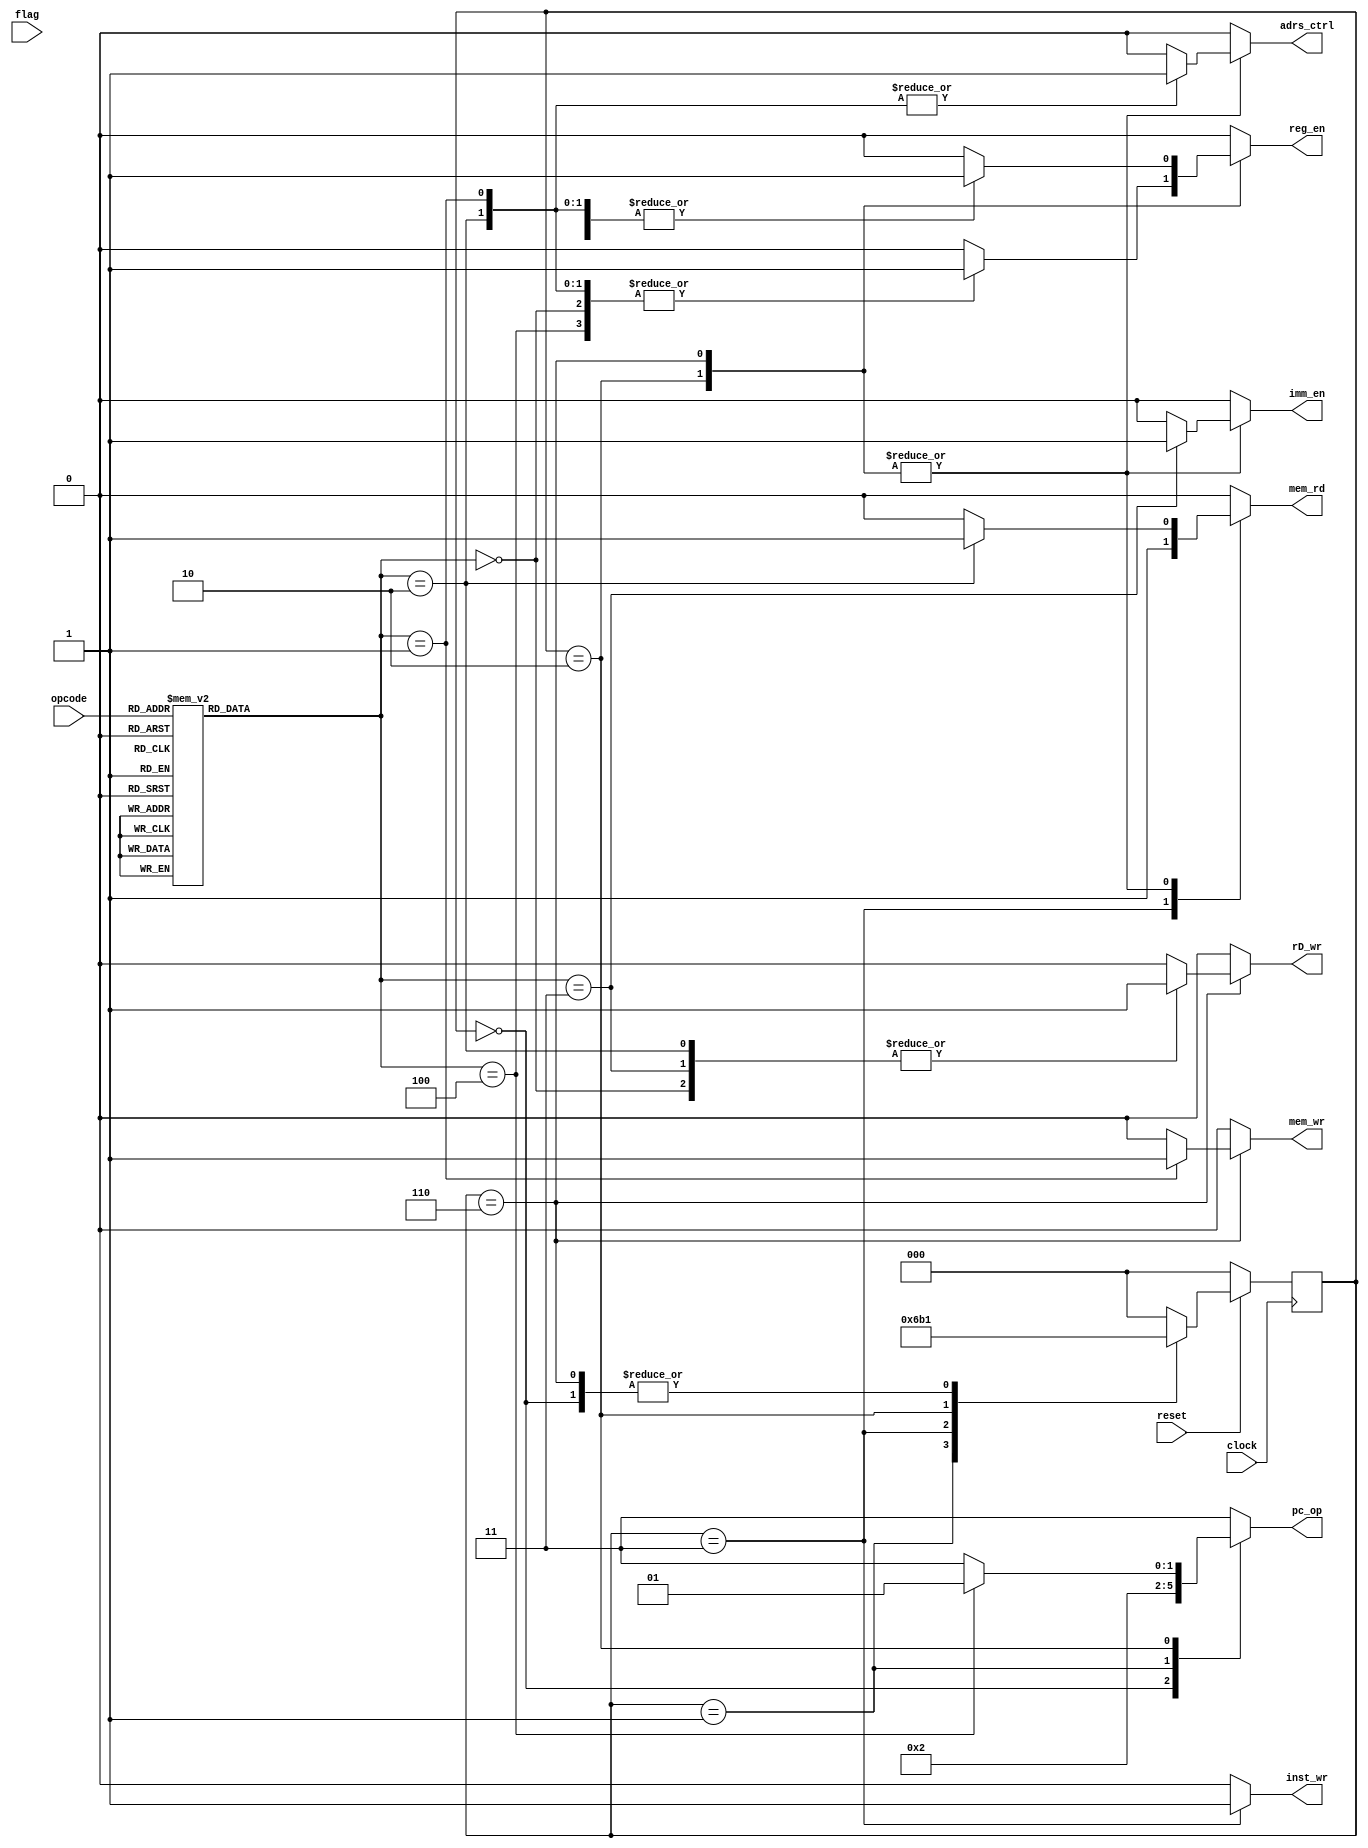
module control_unit(clock, reset, flag, opcode, inst_wr, pc_op, reg_en, rD_wr, imm_en, adrs_ctrl, mem_rd, mem_wr);


input clock; // main clock
input reset; // main reset signal
input flag; // flag singal from the instuction decoder 
input [3:0] opcode; // opcode from instruction decoder

output inst_wr; // is used to write the data from data bus to instruction decoder
output [1:0] pc_op; // is used to genarate the pc. will connected to opcode signal to program counter
output reg_en; // is used to enable the internal register 
output rD_wr; // is used to enable write operation to internal register
output imm_en; // is used to perform load instruction
output adrs_ctrl; // Is used for update the address bus with either PC_out of program counter or internal register rA for instructions read and write
output mem_rd; // s used to enable external memory for reading
output mem_wr; // Is used to enable external memory for writing

// reg
reg inst_wr;
reg [1:0] pc_op;
reg reg_en;
reg rD_wr;
reg imm_en;
reg adrs_ctrl;
reg mem_rd;
reg mem_wr;

// states in gray coding
parameter idle = 3'b000, fetch = 3'b001, decode = 3'b011, execute = 3'b010, write_back = 3'b110;
// opcode type enum
parameter rrr = 3'b000, rrs = 3'b001, rrd = 3'b010, rimm = 3'b011, imm = 3'b100, invalid = 3'b111;
// opcode enum
parameter   add_u =     4'b0000,
            read =      4'b0001,
            write =     4'b0010,
            load =      4'b0011,
            xor_b =     4'b0100,
            jump =      4'b0101,
            or_b =      4'b0110,
            and_b =     4'b0111,
            isEql =     4'b1000, 
            inNotEql =  4'b1001,
            sub_u =     4'b1010,
            lessThen_s = 4'b1100,
            greaterThenEql_s = 4'b1101, 
            lessThen_u = 4'b1110, 
            greaterThenEql_u = 4'b1111;
            
            
// op_code List for program counter
`define PC_RESET 		2'd0
`define PC_PRESET	 	2'd1
`define PC_INCR		    2'd2
`define PC_HALT		    2'd3

// state register
reg [2:0] cState, nState; 

// opcode type
reg [2:0] opcode_type;

// state register
always @(posedge clock) begin
    if(!reset)
        cState <= idle; 
    else
        cState <= nState;
end


// next state logic
always @(cState, reset) begin
    case (cState)
        idle:
            if (reset)
                nState <= fetch;
            else 
                nState <= idle;
        fetch: nState <= decode;
        decode: nState <= execute;
        execute: nState <= write_back;
        write_back: nState <= fetch;
        default: nState <= idle;
    endcase
end

// output logic
always @(cState) begin
    pc_op <= `PC_HALT;
    inst_wr <= 1'b0;
    reg_en <= 1'b0;
    rD_wr <= 1'b0;
    imm_en <= 1'b0;
    adrs_ctrl <= 1'b0;
    mem_rd <= 1'b0;
    mem_wr <= 1'b0;


    case (cState)
        idle: pc_op <= `PC_RESET;
        fetch: begin
            // fetch the instruction from data bus
            pc_op <= `PC_INCR;  // increment pc by 1
            
        end
        decode: begin
            mem_rd <= 1'b1;
            inst_wr <= 1'b1;
        end
        
        execute: begin
            case (opcode_type)
                rrr: begin
                    reg_en <= 1'b1; // enable internal register 
                end
                rrs: begin // Writes a 16bit value from the internal registers into the memory
                   reg_en <= 1'b1; //  enable internal register
                   adrs_ctrl <= 1'b1; // set addess bus from regA by setting the address mux select
                end
                rrd: begin // Reads a 16bit value from memory and loads it into the internal registers
                   reg_en <= 1'b1; //  enable internal register
                   adrs_ctrl <= 1'b1; // set addess bus from regA by setting the address mux select
                   mem_rd <= 1'b1; //  read from ext memory
                end
                imm: begin  // jump instr.
                    pc_op <= `PC_PRESET;
                    reg_en <= 1'b1;
                end
                rimm: imm_en <= 1'b1; // select imm+out from data_mux
                default: ;
            endcase
        end
        write_back: begin
            case (opcode_type)
                rrr: begin
                    reg_en <= 1'b1; // enable internal register
                    rD_wr <= 1'b1; // enable internal register write back
                end
                rrs:begin
                    reg_en <= 1'b1; //  enable internal register
                    adrs_ctrl <= 1'b1; //set addess bus from regA by setting the address mux select
                    mem_wr <= 1'b1; //  write to ext memory
                end
                rrd: begin
                    reg_en <= 1'b1; //  enable internal register
                    rD_wr <= 1'b1; // enable internal register write back
                    adrs_ctrl <= 1'b1; // set addess bus from regA by setting the address mux select
                    mem_rd <= 1'b1; //  read from ext memory
                end
                rimm: begin 
			        reg_en <= 1'b1; // enable internal register to write back
                    imm_en <= 1'b1; // select imm+out from data_mux
                    rD_wr <= 1'b1; // enable internal register write back
		        end
                imm: ; // nothing to write back
                default: ;
            endcase
        end
        default: ;
    endcase
end

// opcode type generator
always @(opcode) begin
    case (opcode)
    add_u: opcode_type = rrr;
    sub_u: opcode_type = rrr;
    or_b: opcode_type = rrr;
    xor_b: opcode_type = rrr;
    and_b: opcode_type = rrr;
    isEql: opcode_type = rrr;
    inNotEql: opcode_type = rrr;
    lessThen_s:  opcode_type = rrr;
    greaterThenEql_s: opcode_type = rrr;
    lessThen_u: opcode_type = rrr;
    greaterThenEql_u: opcode_type = rrr;
    read: opcode_type = rrd;
    write: opcode_type = rrs;
    load: opcode_type = rimm;
    jump: opcode_type = imm;
    default: opcode_type = invalid;  
endcase    
end



endmodule // control_unit